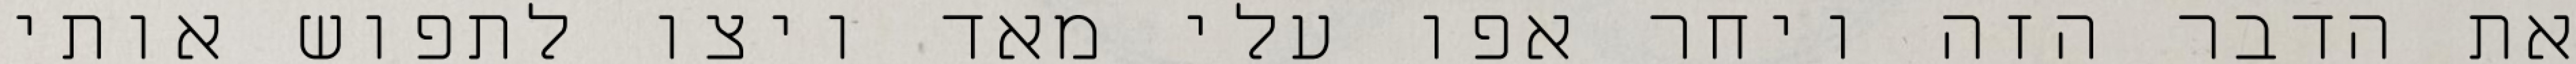
את הדבר הזה ויחר אפו עלי מאד ויצו לתפוש אותי